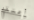
أعتقد